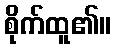
စိုက်ထူ၏။